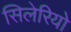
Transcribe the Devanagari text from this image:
सिलेरियो